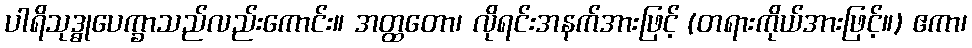
ပါရိသုဒ္ဓုပေက္ခာသည်လည်းကောင်း။ အတ္ထတော၊ လိုရင်းအနက်အားဖြင့် (တရားကိုယ်အားဖြင့်။) ဧကာ၊